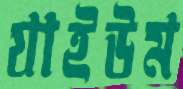
যাইউম